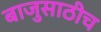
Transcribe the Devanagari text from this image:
बाजुसाठीच